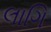
લાગિ